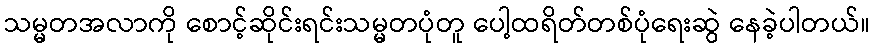
သမ္မတအလာကို စောင့်ဆိုင်းရင်းသမ္မတပုံတူ ပေါ့ထရိတ်တစ်ပုံရေးဆွဲ နေခဲ့ပါတယ်။